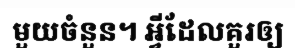
មួយចំនួន។ អ្វីដែលគួរឲ្យ